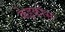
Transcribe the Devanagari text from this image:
केइकोस